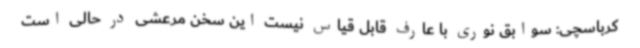
کرباسچی: سوابق نوری با عارف قابل قیاس نیست این سخن مرعشی در حالی است